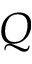
Q